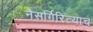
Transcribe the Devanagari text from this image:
नैसर्गिरित्याच